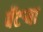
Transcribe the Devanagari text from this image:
बॅटर्‍या